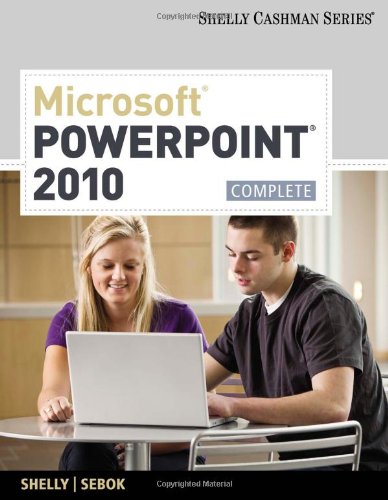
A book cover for Microsoft PowerPoint 2010: Complete; Gary B. Shelly; Computers & Technology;